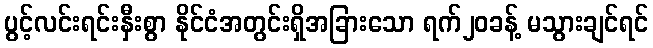
ပွင့်လင်းရင်းနှီးစွာ နိုင်ငံအတွင်းရှိအခြားသော ရက်၂၀ခန့် မသွားချင်ရင်